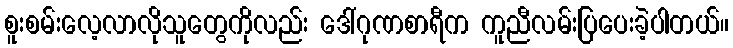
စူးစမ်းလေ့လာလိုသူတွေကိုလည်း ဒေါ်ဂုဏစာရီက ကူညီလမ်းပြပေးခဲ့ပါတယ်။